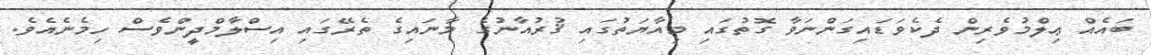
ބައެއް ޢިލްމުވެރިން ދެކެވަޑައިގަންނަވާ ގޮތުގައި މިއާޔަތުގައި ޤުރުއާނުގެ މާނައިގެ ތެރޭގައި އިސްލާމްދީންވެސް ހިމެނެއެވެ.